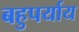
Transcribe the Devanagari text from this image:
बहुपर्याय